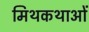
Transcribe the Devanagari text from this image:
मिथकथाओं